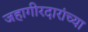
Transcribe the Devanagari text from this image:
जहागीरदारांच्या